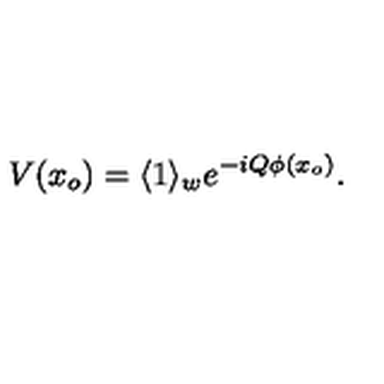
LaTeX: V ( x _ { o } ) = \langle 1 \rangle _ { w } e ^ { - i Q \phi ( x _ { o } ) } .